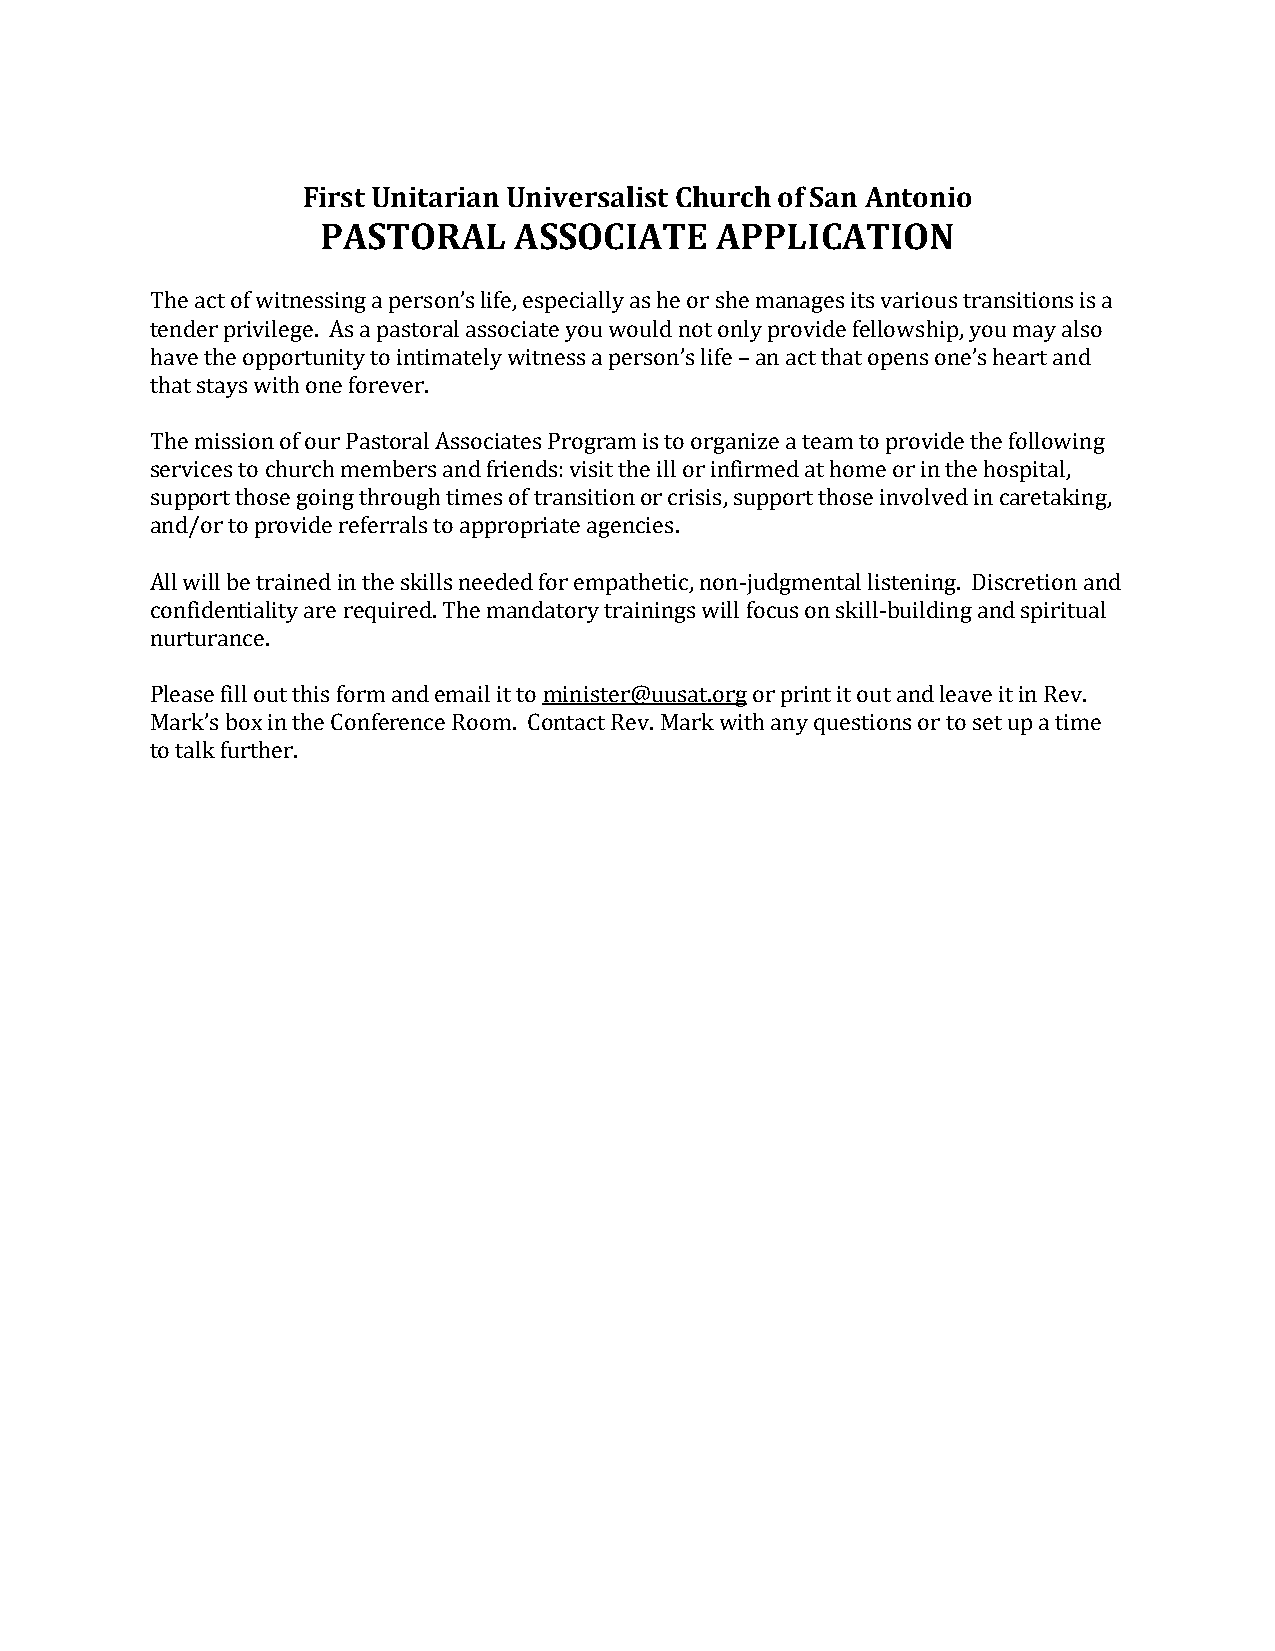
First Unitarian Universalist Church of San Antonio
 PASTORAL     ASSOCIATE    APPLICATION
 The act of witnessing a person’s life, especially as he or she manages its various transitions is a
 tender privilege. As a pastoral associate you would not only provide fellowship, you may also
 have the opportunity to intimately witness a person’s life – an act that opens one’s heart and
 that stays with one forever.
 The mission of our Pastoral Associates Program is to organize a team to provide the following
 services to church members and friends: visit the ill or infirmed at home or in the hospital,
 support those going through times of transition or crisis, support those involved in caretaking,
 and/or to provide referrals to appropriate agencies.
 All will be trained in the skills needed for empathetic, non-judgmental listening. Discretion and
 confidentiality are required. The mandatory trainings will focus on skill-building and spiritual
 nurturance.
 Please fill out this form and email it to minister@uusat.org or print it out and leave it in Rev.
 Mark’s box in the Conference Room. Contact Rev. Mark with any questions or to set up a time
 to talk further.